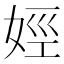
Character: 娙